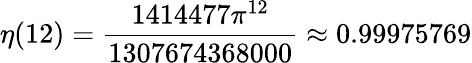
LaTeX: \eta(12)={\frac{1414477\pi^{12}}{1307674368000}}\approx 0.99975769